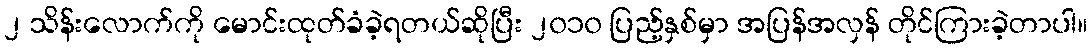
၂ သိန်းလောက်ကို မောင်းထုတ်ခံခဲ့ရတယ်ဆိုပြီး ၂၀၁၀ ပြည့်နှစ်မှာ အပြန်အလှန် တိုင်ကြားခဲ့တာပါ။